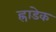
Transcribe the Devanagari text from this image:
ह्राडेक